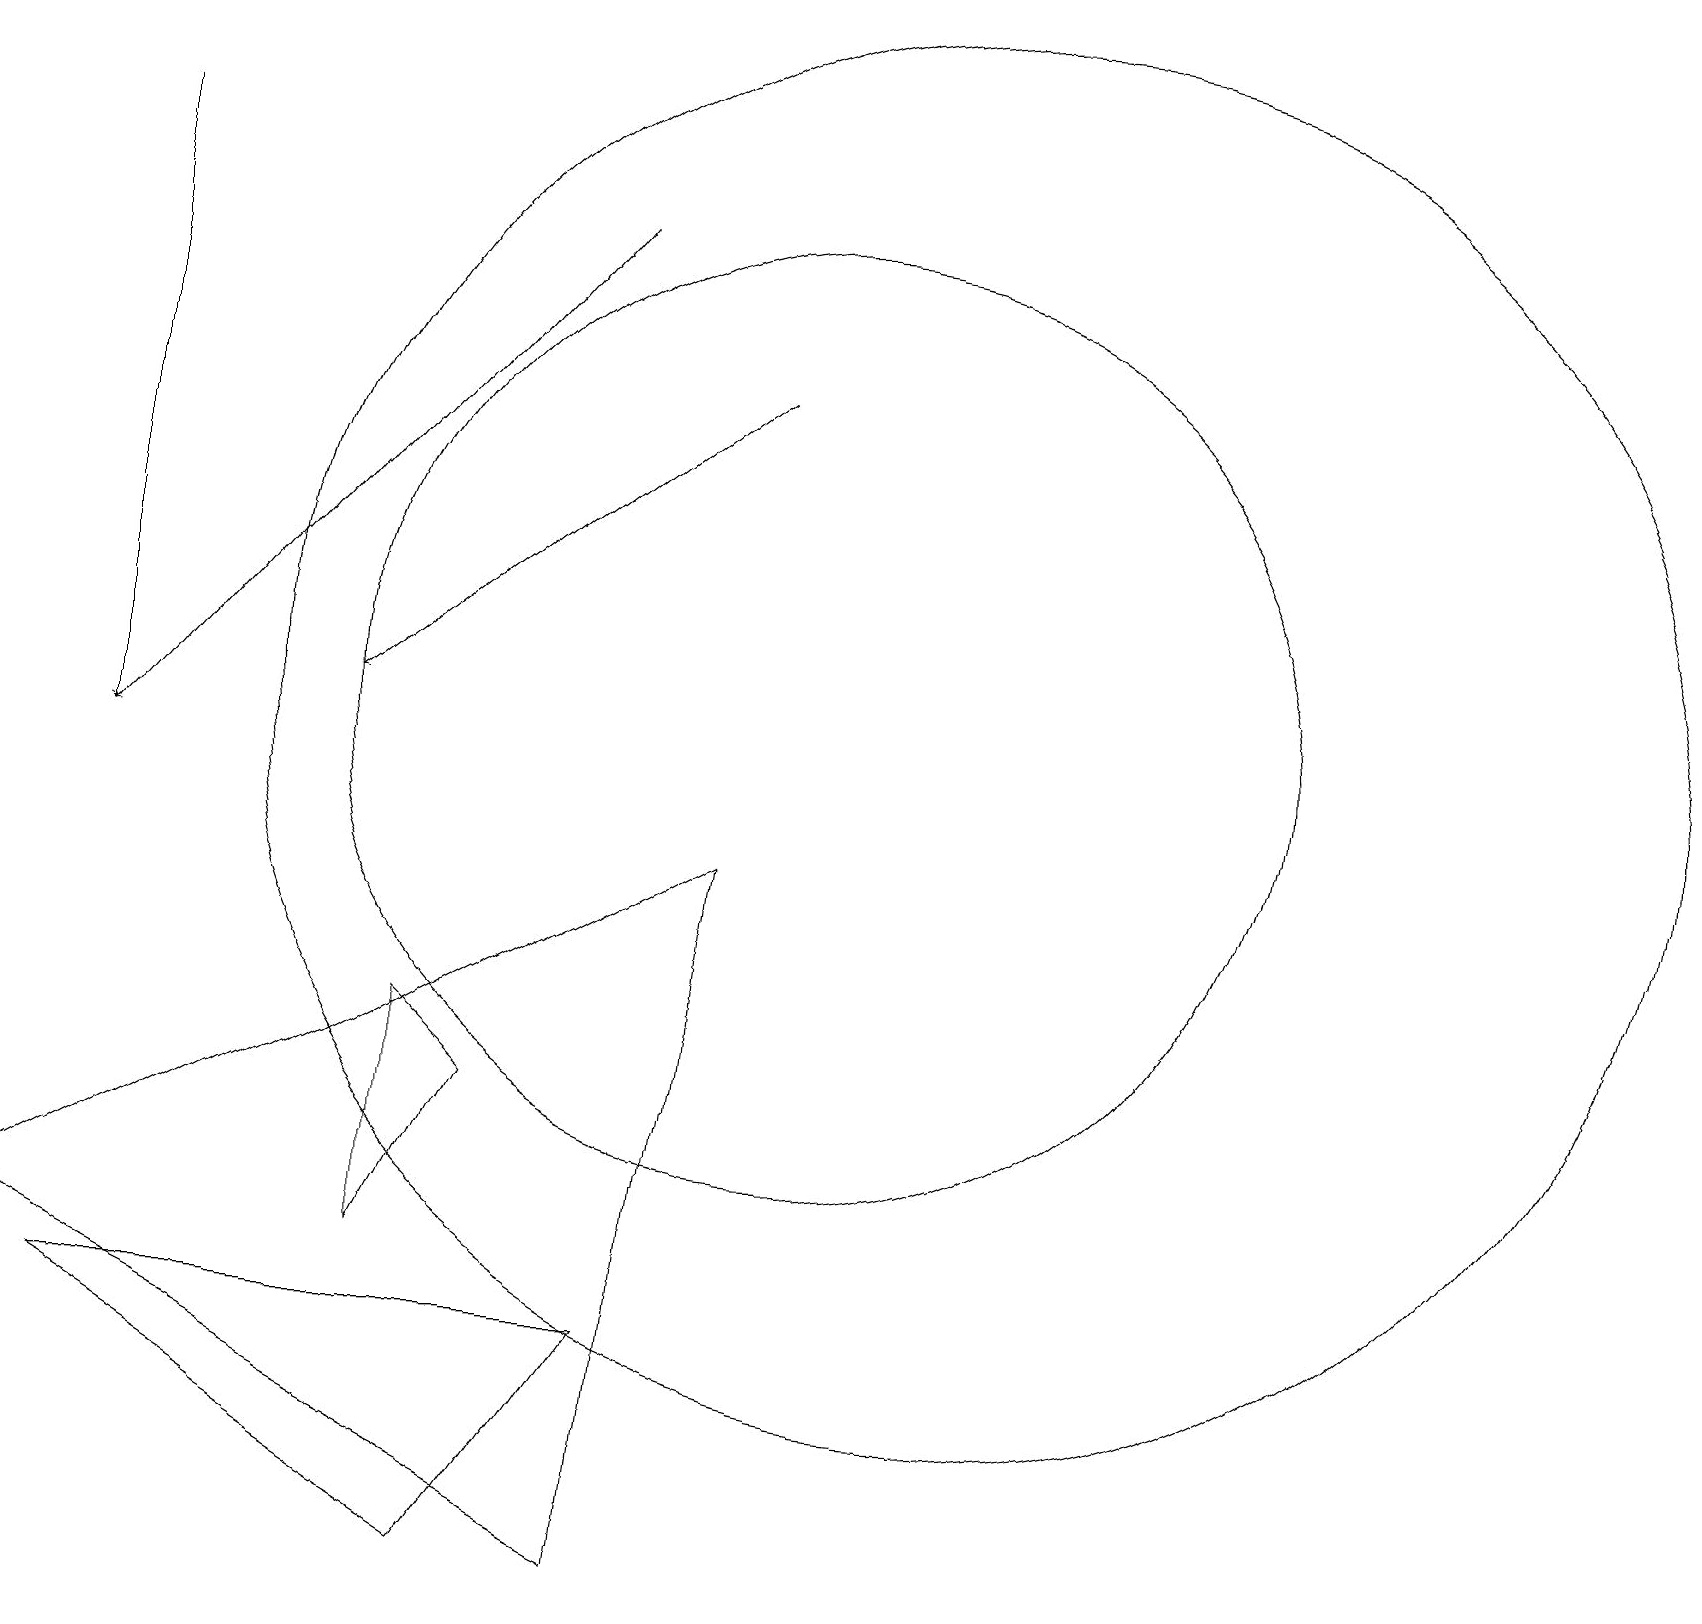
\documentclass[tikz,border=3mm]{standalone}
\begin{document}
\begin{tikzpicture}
\draw (1,3) -- (6,0) -- (8,3) -- cycle;
\draw[->] (1,18) -- (1,10);
\draw[->] (9,15) -- (4,11);
\draw (12,11) circle (9);
\draw (10,11) circle (6);
\draw (5,4) -- (6,6) -- (5,7) -- cycle;
\draw[->] (7,17) -- (1,10);
\draw (8,0) -- (0,4) -- (9,9) -- cycle;
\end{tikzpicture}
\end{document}